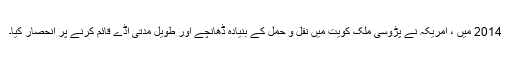
2014 میں ، امریکہ نے پڑوسی ملک کویت میں نقل و حمل کے بنیادہ ڈھانچے اور طویل مدتی اڈے قائم کرنے پر انحصار کیا۔